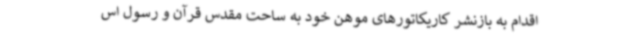
اقدام به بازنشر کاریکاتورهای موهن خود به ساحت مقدس قرآن و رسول اس